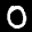
Label: 0